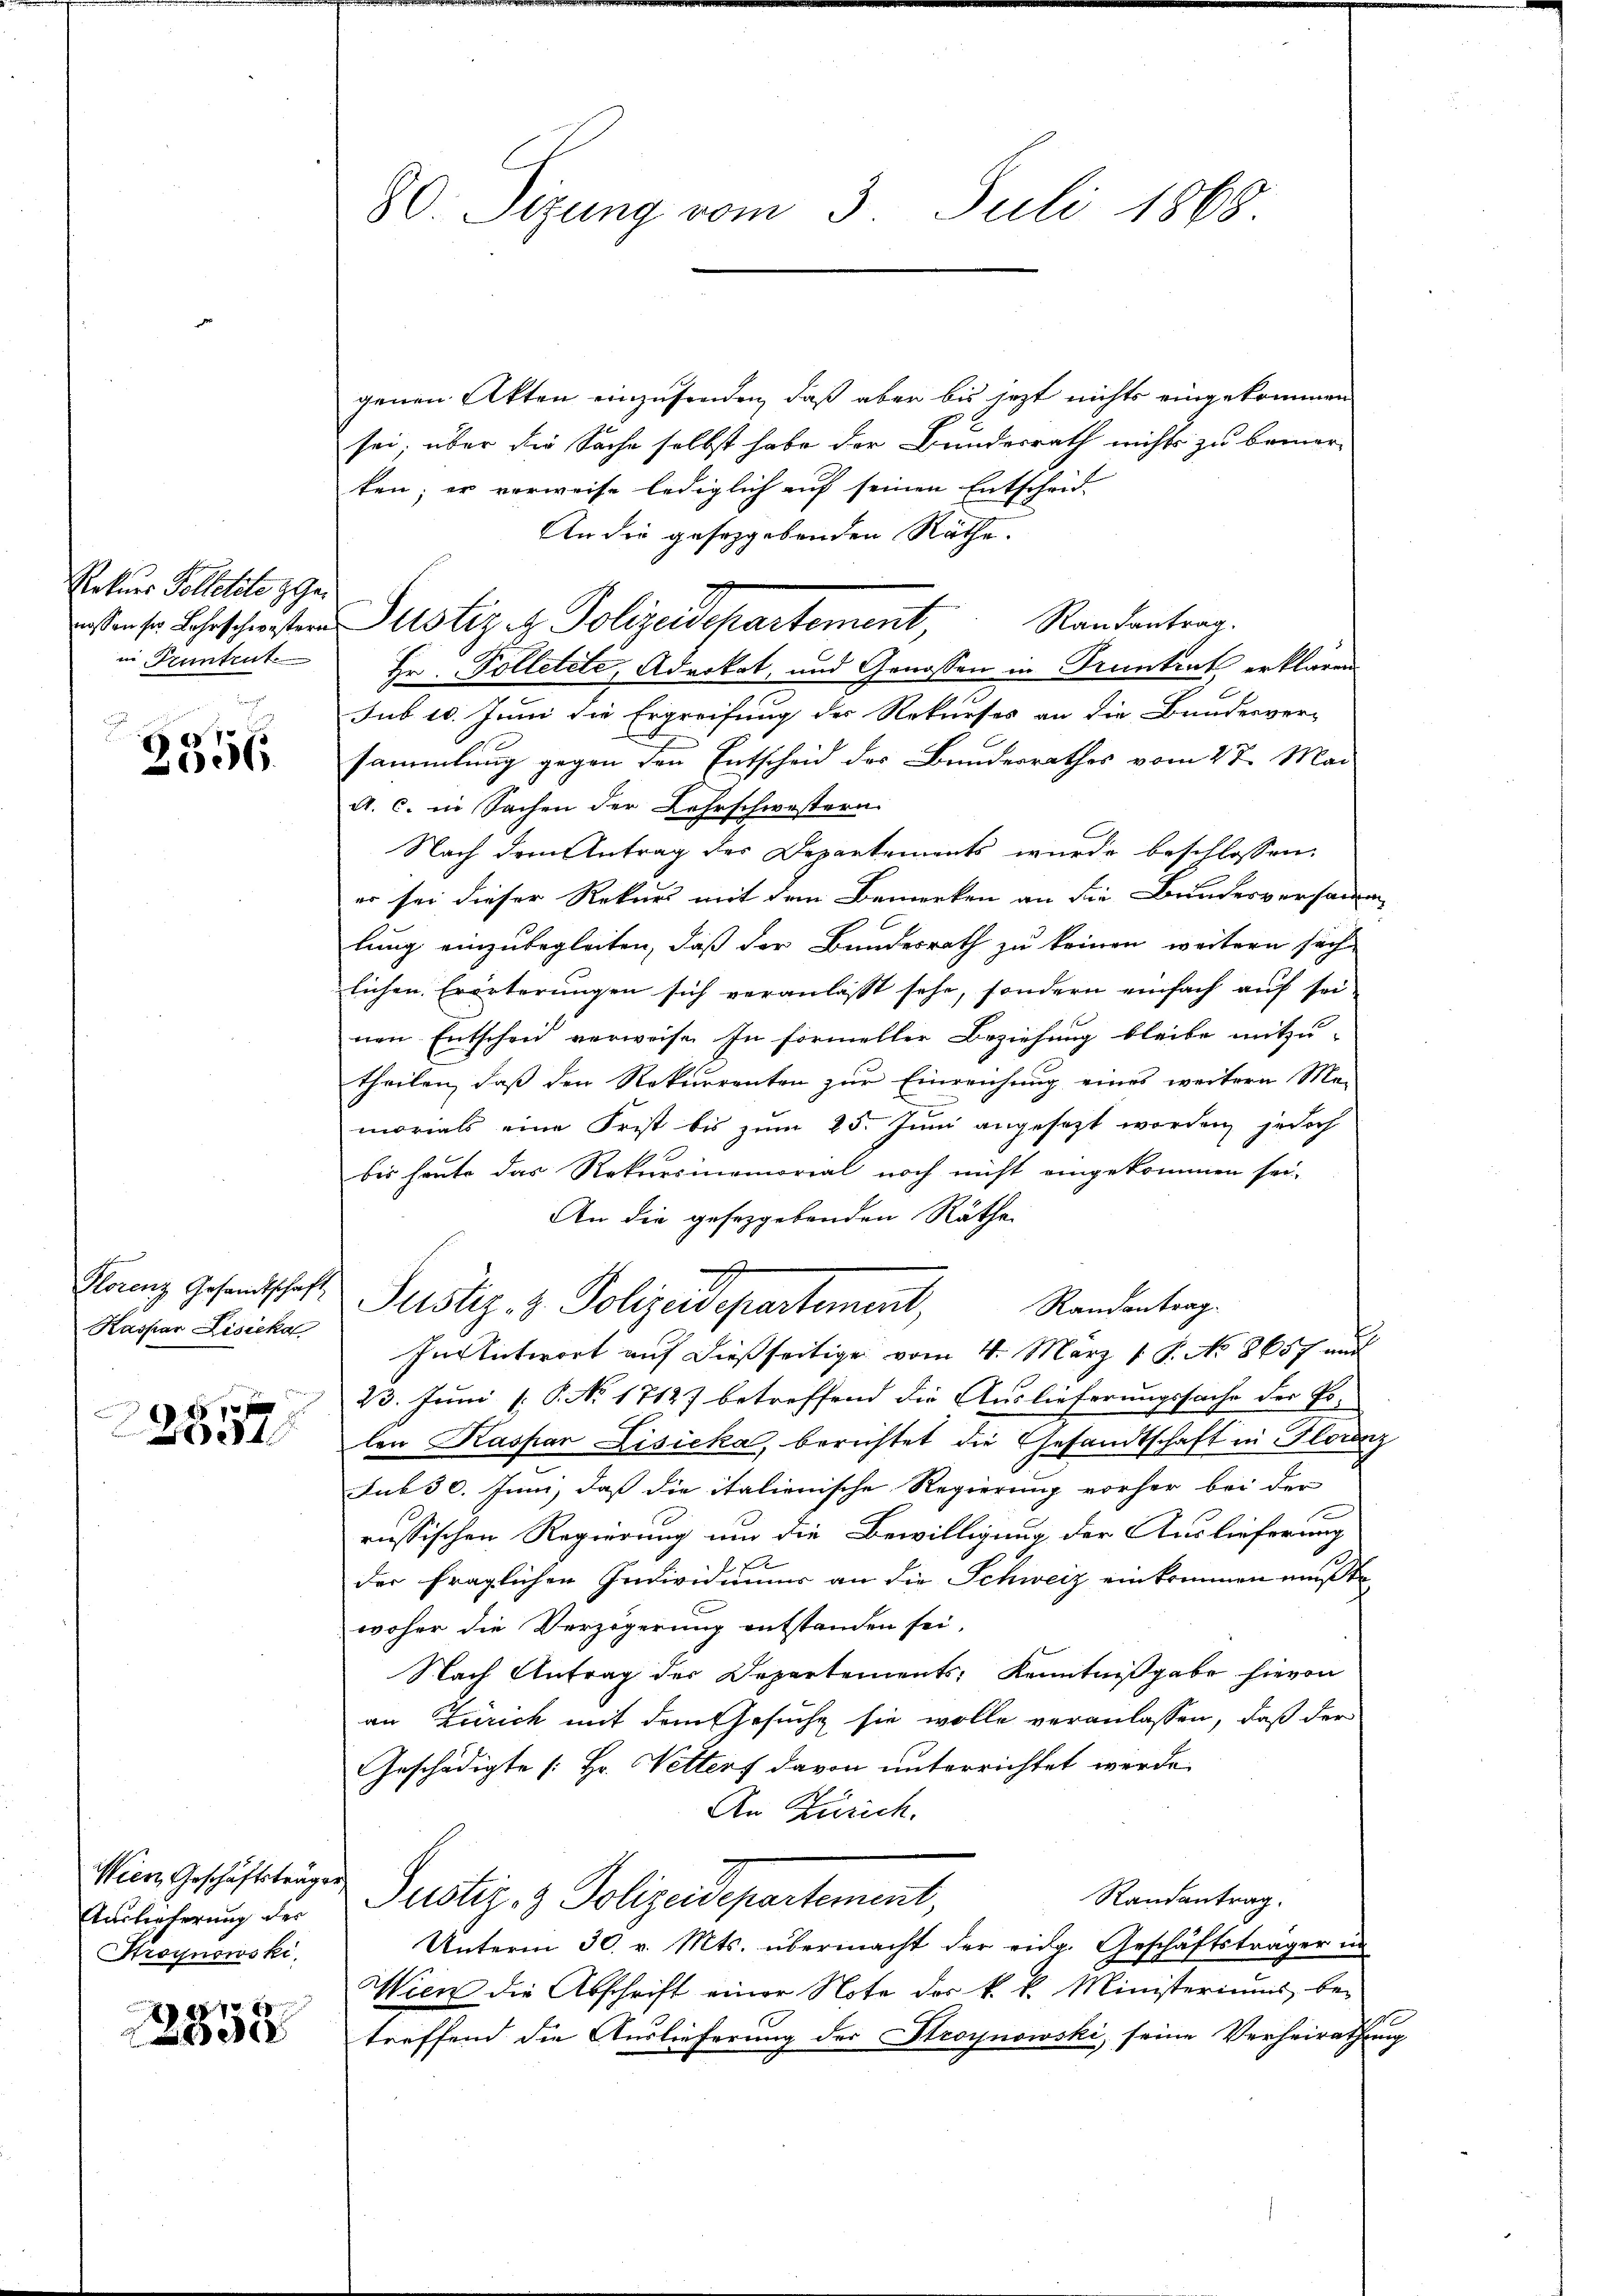
Rekurs Polletete z. Ge
in Pruntrut.

V
2006.

Kaspar Lisieka
 41 x

8

Wien, Geschäftsträger,
Auslieferung der
Stroynowski.

8
d

80. Sizung vom 3. Juli 1868

genen Akten einzusenden, daß aber bis jetzt nichts eingekommen
sei, über die Sache selbst habe der Bundesrath nichts zu bemer-
ken; er verweise lediglich auf seinen Entscheid-
An die gesetzgebenden Räthe.
Rautantrag.
Hr. Polletete, Advokat, und Genossen in Truntent erklären
sub 10. Juni die Ergreifung der Rekurses an die Bundesversammlung gegen den Entscheid der Bundesrathes vom 27. Mai
A. c. in Sachen der Lehrschwestern
Nach dem Antrag der Departements wurde beschlossen:
er sei dieser Rekurs mit dem Bemerken an die Bundesversamm
lung einzubegleiten, daß der Bundesrath zu keinen weitern such
lichen Erörterungen sich veranlasst sehe, sondern einfach auf seinen Entscheid verweise. In formeller Beziehung bleibe mitzu-
theilen, daß den Rekurrenten zur Einreichung eines weitern Ma-
morials eine Frist bis zum 25. Juni angesezt worden, jedoch
bis heute das Rekursmemorial noch nicht eingekommen sei.
An die geseggebenden Räthe
Franz Gesandtschaft Justiz- & Polizeidepartement,
Randantrag.
In Antwort auf dießseitige vom 4. März 18. No 8657 au
23. Juni 1 P. No 17127 betreffend die Auslieferungssache der Er-
len Kaspar Lisieka, berichtet die Gesandtschaft in Florenz
sub 30. Juni, daß die italienische Regierung vorher bei der
russischen Regierung um die Bewilligung der Auslieferung
 f
der fraglichen Individiums an die Schweiz einkommen mußte
woher die Verzögerung entstanden sei,
Nach Antrag der Departements, Kenntnißgabe hievon
an Zürich mit dem Gesuche sie wolle veranlassen, daß der
Geschädigte [Hr. Vetters davon unterrichtet werde.
An Zürich.
Randantrag.
Justiz- & Polizeidepartement,
Unterm 30. v. Mts. übermacht der eidg. Geschäftsträger un¬
Wien die Abschrift einer Note des k. k. Ministeriums be-
treffend die Auslieferung der Stroynowski, seine Verheirathung

asen sr Lehrschenster Justiz in Polizeidepartement,